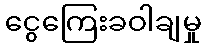
ငွေကြေးခဝါချမှု